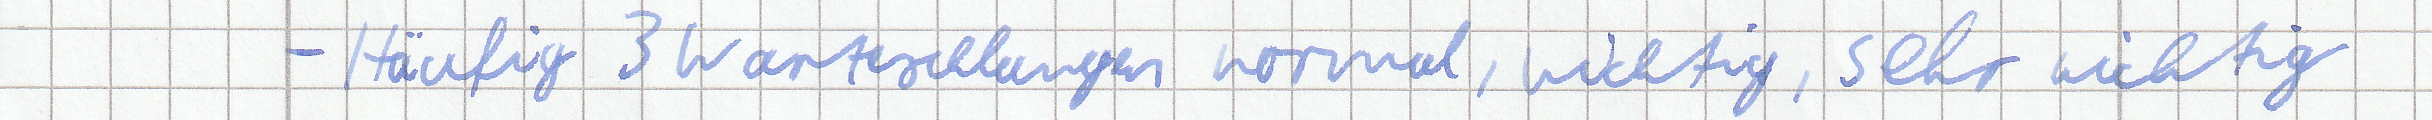
- Häufig 3 Warteschlangen normal, wichtig, sehr wichtig